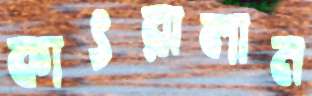
কাৎরালাম